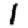
Digit: 1